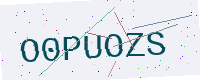
Text: O0PUOZS